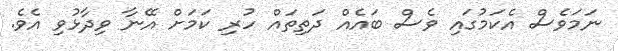
ނަމަވެސް އެކަމުގައި ވެސް ބައެއް ދަތިތައް ހުރި ކަމަށް އޭނާ ވިދާޅުވި އެވެ.